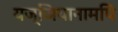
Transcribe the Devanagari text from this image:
यज्ञियानामपि